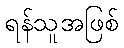
ရန်သူအဖြစ်